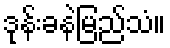
ဒုန်းခနဲမြည်သံ။